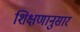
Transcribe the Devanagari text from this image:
शिक्षणानुसार